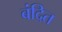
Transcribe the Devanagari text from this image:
बंदित